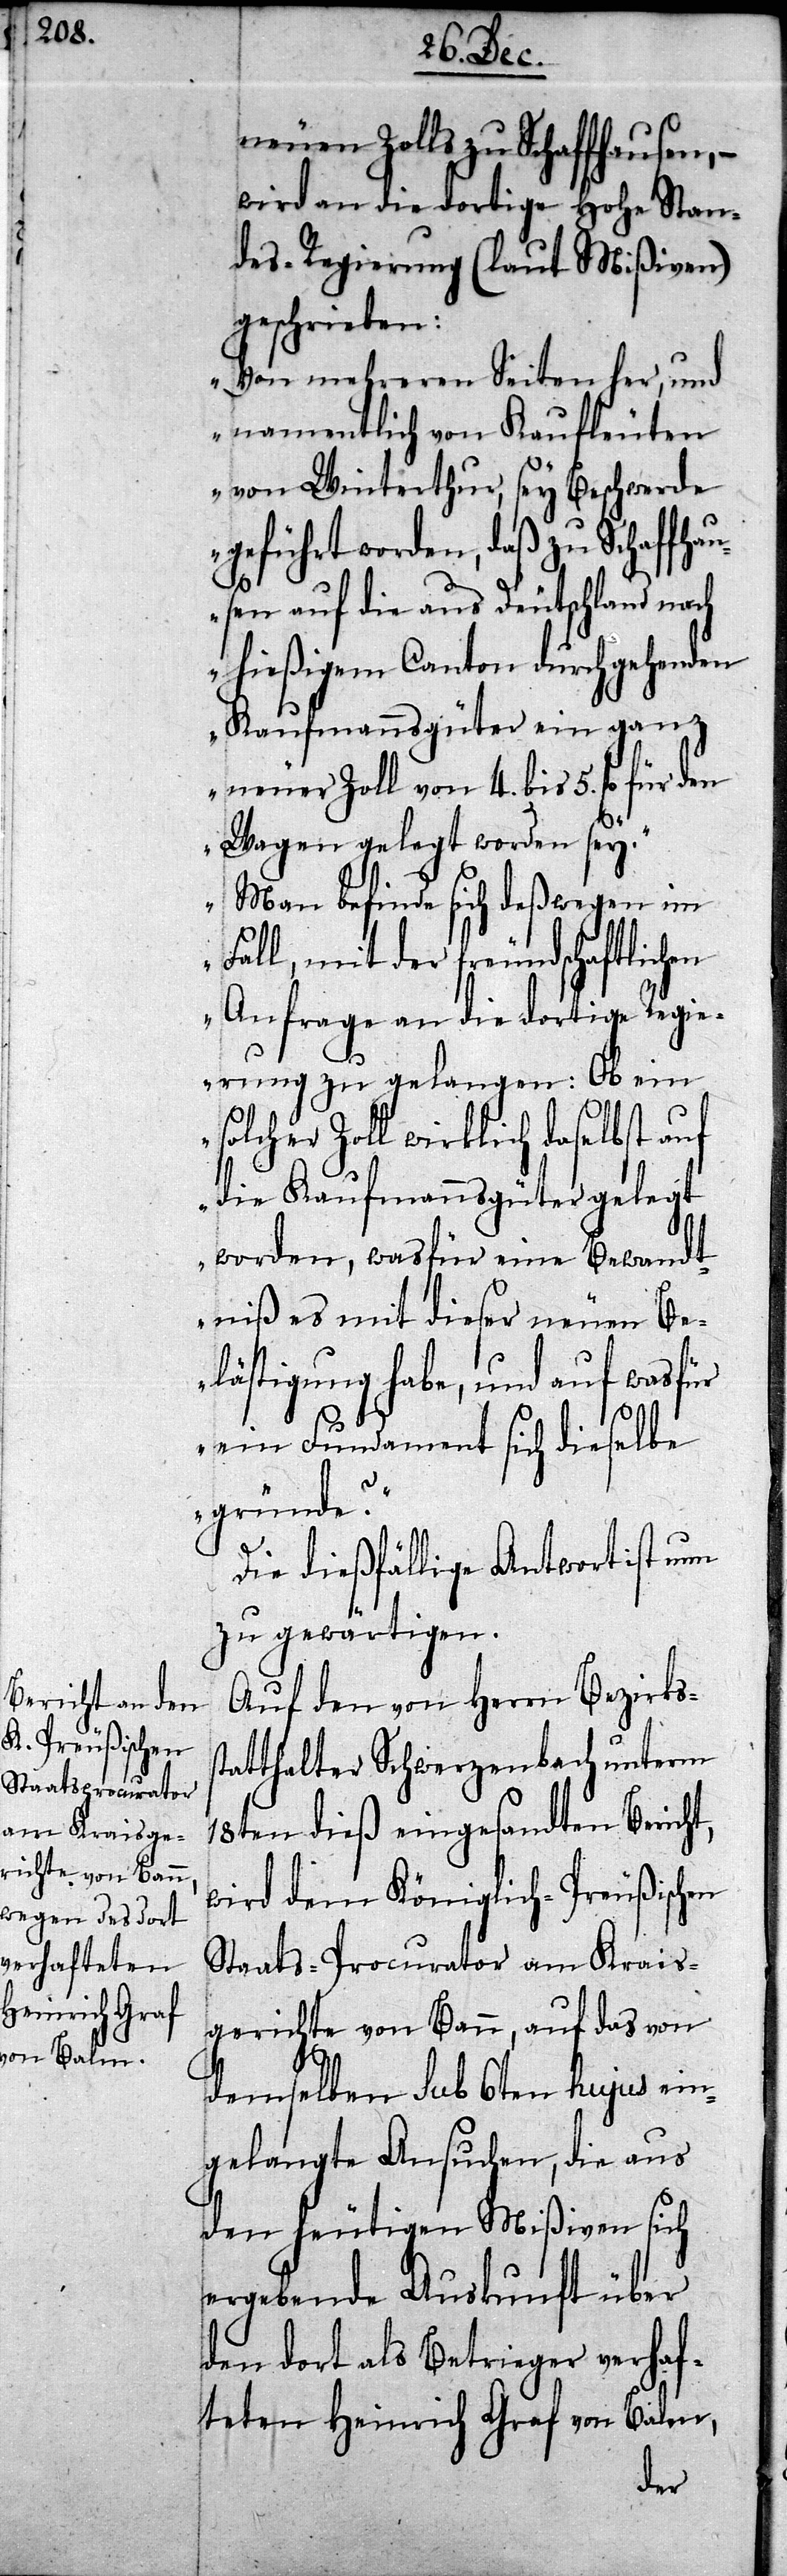
s¬

neuen Zolls zu Schaffhausen, –
wird an die dortige Hohe Stan¬
des-Regierung (laut Mißiven)
geschrieben:
„Von mehreren Seiten her, und
namentlich von Kaufleuten
von Winterthur, sey Beschwerde
geführt worden, daß zu Schaffha¬
usen auf die aus Deutschland nach
hießigem Canton durchgehenden
Kaufmannsgüter ein ganz
neuer Zoll von 4. bis 5. fl für den
Wagen gelegt worden sey.
Man befinde sich deßwegen im
Fall, mit der freundschaftlichen
Anfrage an die dortige Regie¬
rung zu gelangen: Ob ein
solcher Zoll wirklich daselbst auf
die Kaufmannsgüter gelegt
worden, was für eine Bewandt¬
niß es mit dieser neuen Be¬
lästigung habe, und auf was für
ein Fundament sich dieselbe
gründe?“
Die dießfällige Antwort ist nun
zu gewärtigen.
Auf den von Herrn Bezirks¬
tatthalter Schwerzenbach unterm
18ten dieß eingesandten Bericht,
wird dem Königlich-Preußischen
Staats-Procurator am Krais¬
gerichte von Bann, auf das von
demselben sub 6ten hujus ein¬
gelangte Ansuchen, die aus
den heutigen Mißiven sich
ergebende Auskunft über
den dort als Betrieger verhaf¬
teten Heinrich Graf von Balm,